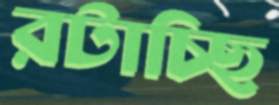
রটাচ্ছি